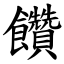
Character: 饡